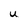
Character: U